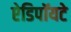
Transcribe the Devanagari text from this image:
ऐडिपॉयटे